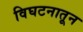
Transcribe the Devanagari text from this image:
विघटनातून